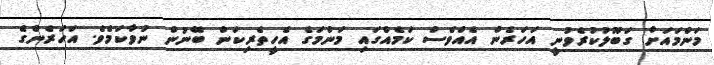
މަންމައަށް ގަބޫލުކުރެވުނީ އަހަރެން އެއްވެސް ކަމެއްގައި މަންމަގެ އެހީތެރިކަން ބޭނުން ނުވާކަމެވެ. އަހަރެންގެ